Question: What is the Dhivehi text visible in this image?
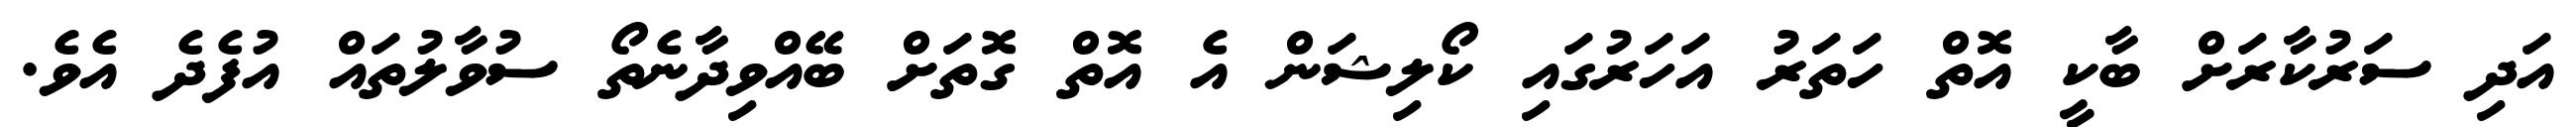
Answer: އަދި ސަރުކާރަށް ބާކީ އޮތް ހަތަރު އަހަރުގައި ކޯލިޝަން އެ އޮތް ގޮތަށް ބޭއްވިދާނެތޯ ސުވާލުތައް އުފެދެ އެވެ.